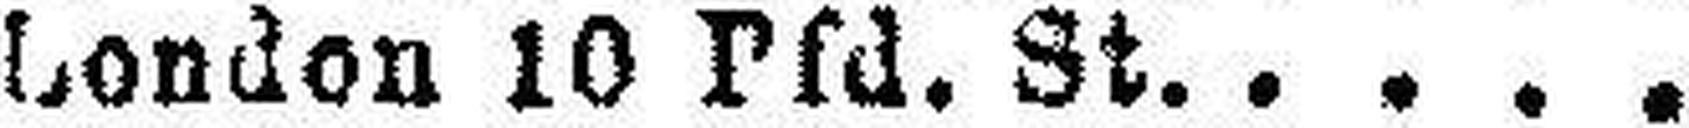
London 10 Pfd. St. 6